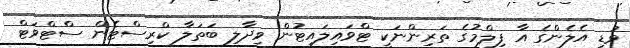
ވުޑީ އެލެންގެ އާ ފިލްމުގެ ތަރިންނަކީ ޓްވައިލައިޓުން ވިދާލި ބަތަލާ ކްރިސްޓެން ސްޓްވަޓް